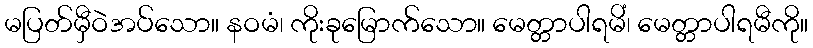
မပြတ်မှီဝဲအပ်သော။ နဝမံ၊ ကိုးခုမြောက်သော။ မေတ္တာပါရမိံ၊ မေတ္တာပါရမီကို။